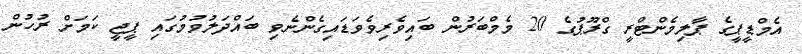
އެމްޑީޕީގެ ޕާލިމެންޓްރީ ގްރޫޕުގެ 20 މެމްބަރުން ބައިވެރިވެވަޑައިގެންނެވި ބައްދަލުވުމުގައި ޕީޖީ ކަމަށް ރުހުން